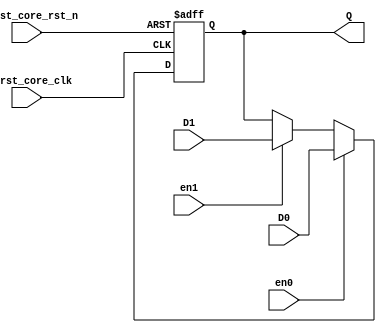
`timescale 1 ps / 1 ps

module reg_2(/*AUTOARG*/
   // Outputs
   Q,
   // Inputs
   D0, D1, en0, en1, clkrst_core_clk, clkrst_core_rst_n
   );
  parameter WIDTH = 8;
  parameter RESET_VAL = 8'd0;
  input [WIDTH-1:0] D0, D1;
  output reg [WIDTH-1:0] Q;
  input en0, en1;
  input clkrst_core_clk, clkrst_core_rst_n;

  always @(posedge clkrst_core_clk, negedge clkrst_core_rst_n) begin
    if(~clkrst_core_rst_n) begin
      Q <= RESET_VAL;
    end
    else if(en0) begin
      Q <= D0;
    end
    else if(en1) begin
      Q <= D1;
    end
  end
endmodule